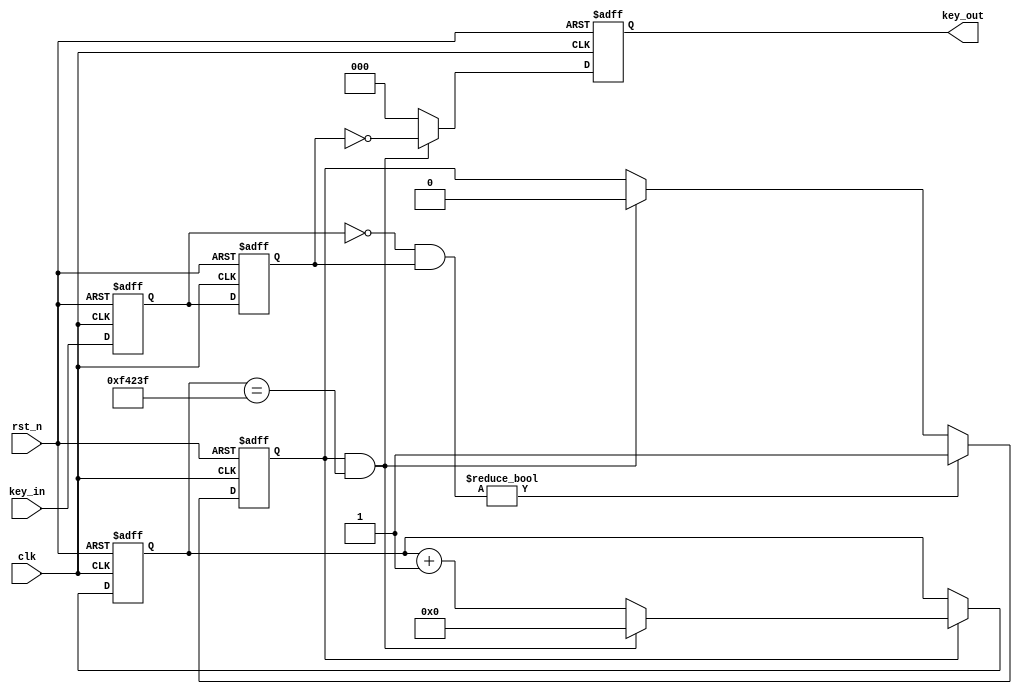
module key_debounce #(parameter KEY_W = 3,TIME_20MS = 1000_000)(
	input					clk		,
	input					rst_n	,
	input		[KEY_W-1:0]	key_in 	,
	
	output		[KEY_W-1:0]	key_out	 //0
);
	
//
	reg		[19:0]		cnt		;
	wire				add_cnt	;
	wire				end_cnt	;
	reg					add_flag;
	
	reg		[KEY_W-1:0]	key_r0	;//
	reg		[KEY_W-1:0]	key_r1	;//
	wire	[KEY_W-1:0]	nedge	;//
	reg    	[KEY_W-1:0]	key_flag;

//  20ms
	always @(posedge clk or negedge rst_n)begin 
		if(!rst_n)begin 
			cnt <= 0;
		end
		else if(add_cnt)begin 
			if(end_cnt)
				cnt <= 0;
			else 
				cnt <= cnt + 1;
		end  		
	end 
	assign add_cnt = add_flag;
	assign end_cnt = add_cnt && cnt == TIME_20MS-1;
	
	//
	always @(posedge clk or negedge rst_n)begin 
		if(!rst_n)begin 
			add_flag <= 1'b0;
		end 
		else if(nedge)begin 
			add_flag <= 1'b1;
		end 
		else if(end_cnt)begin 
			add_flag <= 1'b0;
		end 
	end 
	
	//
	always @(posedge clk or negedge rst_n)begin 
		if(!rst_n)begin 
			key_r0 <= {KEY_W{1'b1}};
			key_r1 <= {KEY_W{1'b1}};
		end 
		else begin 
			key_r0 <= key_in;//
			key_r1 <= key_r0;//
		end 
	end
	assign nedge = ~key_r0 & key_r1;
		
	//20ms0
	always@(posedge clk or negedge rst_n)begin 
		if(~rst_n)begin 
			key_flag <= 0;
		end 
		else begin 
			key_flag <= end_cnt?~key_r1:0;
		end 
	end 
	
    assign key_out = key_flag;

endmodule